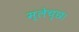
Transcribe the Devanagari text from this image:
म्लेच्छ।